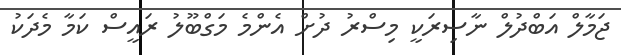
ޖަމާލް އަބްދުލް ނާސިރަކީ މިސްރު ދުށް އެންމެ މަގްބޫލު ރައީސް ކަމާ މެދަކު